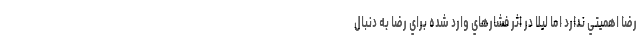
رضا اهميتي ندارد اما ليلا در اثر فشارهاي وارد شده براي رضا به دنبال